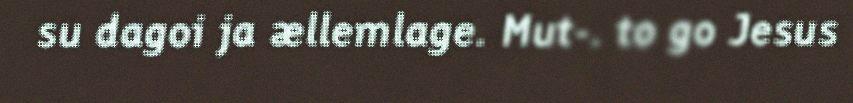
su dagoi ja ællemlage. Mut-. to go Jesus